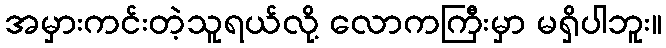
အမှားကင်းတဲ့သူရယ်လို့ လောကကြီးမှာ မရှိပါဘူး။